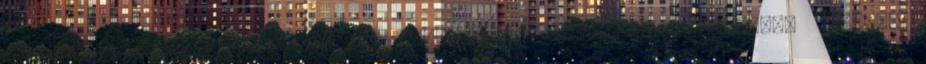
helyett különböző ütközőzónák változékony mintázatát mutatná. Ehhez